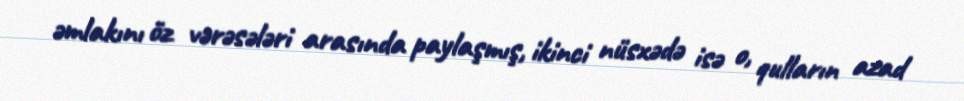
əmlakını öz vərəsələri arasında paylaşmış, ikinci nüsxədə isə o, qulların azad